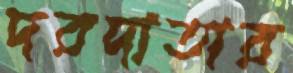
দরদাতার